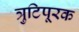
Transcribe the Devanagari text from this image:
त्रुटिपूरक